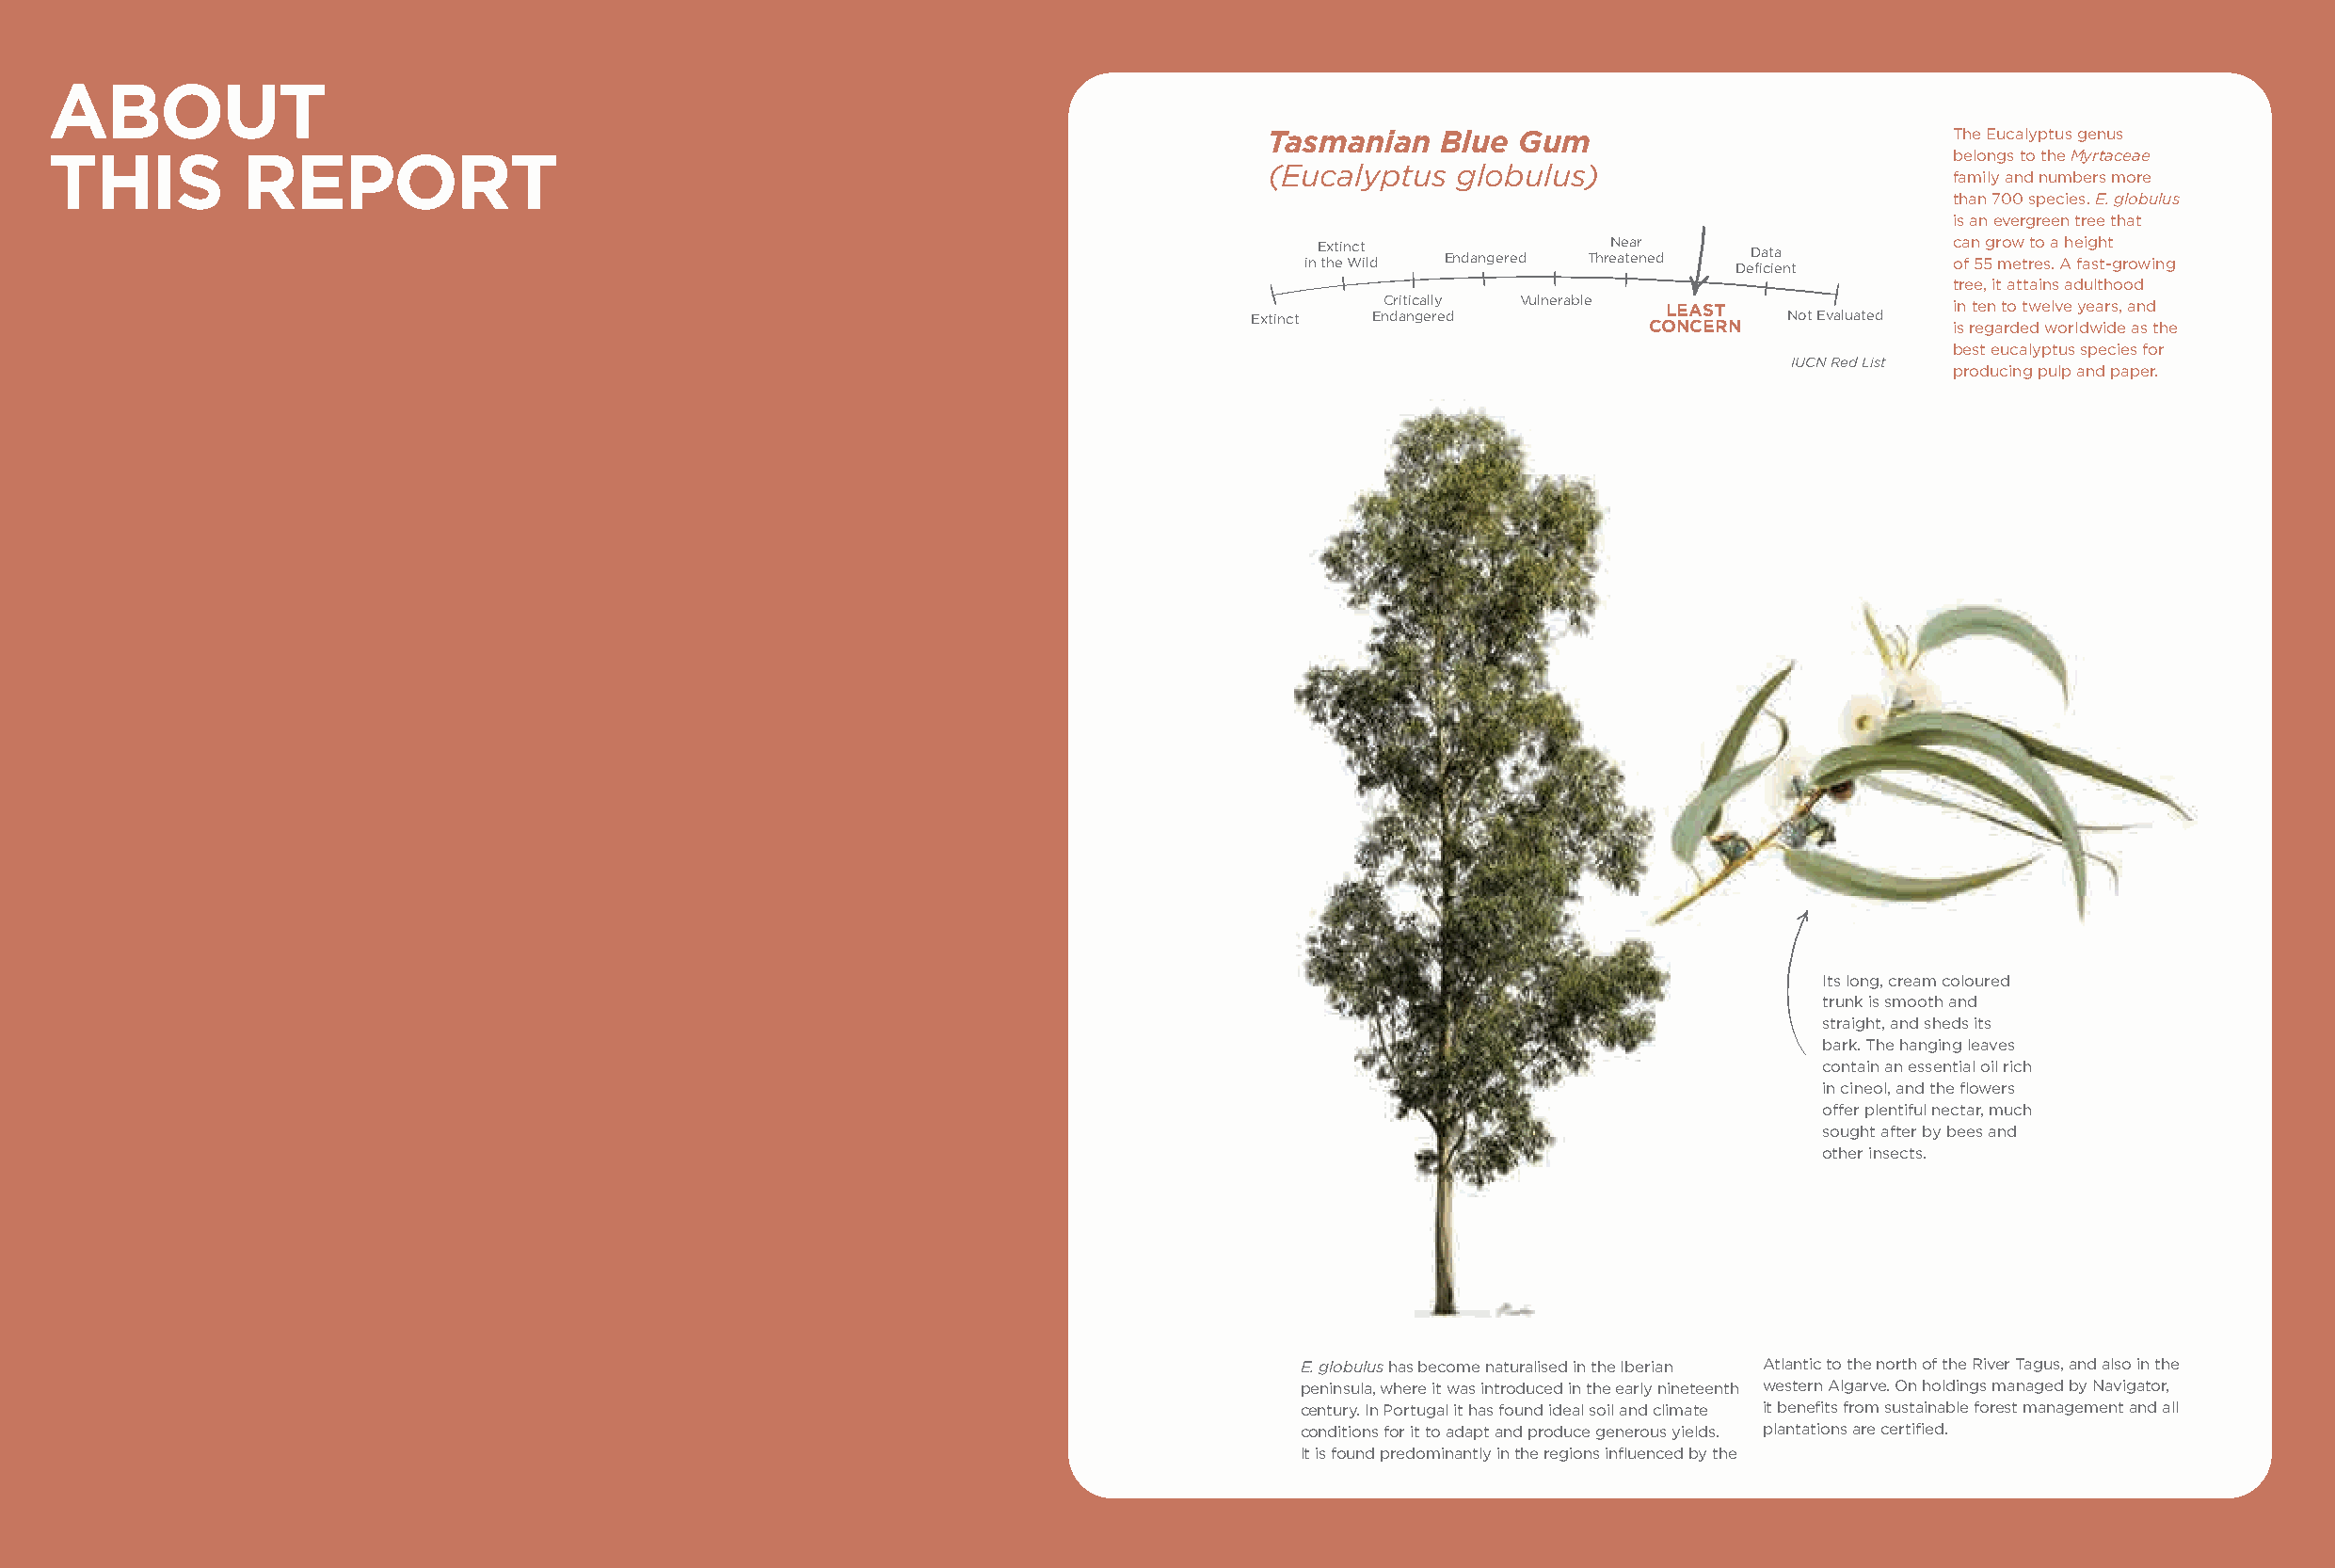
ABOUT
 Tasmanian   Blue  Gum                           The Eucalyptus genus
 THIS          REPORT                                                                                                                  belongs to the Myrtaceae
 (Eucalyptus  globulus)
 family and numbers more
 than 700 species. E. globulus
 is an evergreen tree that
 in E thxt ei n Wct i ld Endangered ThreN ae ta er n ed DeD fia ct ia e nt c oa f n 5 5g r mow et rt eo s a . A h e faig sh t-t g rowing
 tree, it attains adulthood
 Critically Vulnerable LEAST             in ten to twelve years, and
 Extinct Endangered          CONCERN   Not Evaluated is regarded worldwide as the
 best eucalyptus species for
 IUCN Red List
 producing pulp and paper.
 Its long, cream coloured
 trunk is smooth and
 straight, and sheds its
 bark. The hanging leaves
 contain an essential oil rich
 in cineol, and the flowers
 offer plentiful nectar, much
 sought after by bees and
 other insects.
 E. globulus has become naturalised in the Iberian Atlantic to the north of the River Tagus, and also in the
 peninsula, where it was introduced in the early nineteenth western Algarve. On holdings managed by Navigator,
 century. In Portugal it has found ideal soil and climate it benefits from sustainable forest management and all
 conditions for it to adapt and produce generous yields. plantations are certified.
 It is found predominantly in the regions influenced by the
 SUSTAINABILITY REPORT 2019                                                         SUSTAINABILITY REPORT 2019
 10                                                                                                                                                        11